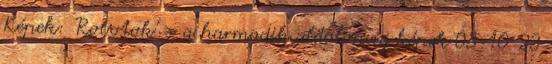
Képek: 'Robotok' » a harmadik oldalon új képek 08-10-23